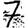
Digit: 7